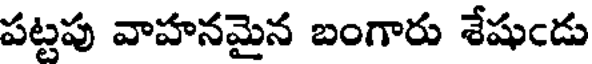
పట్టపు వాహనమైన బంగారు శేషుఁడు